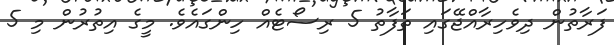
ފަރާތުން ދިވެހިރާއްޖޭގައި ތަފާތު 5 ރިސޯޓެއް ހިންގައެވެ. މީގެ އިތުރުން މި 5